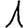
Digit: 1